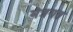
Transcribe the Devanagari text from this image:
मंत्रगत